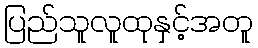
ပြည်သူလူထုနှင့်အတူ